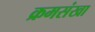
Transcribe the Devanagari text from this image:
क्रमसंखा